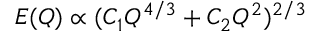
E ( Q ) \propto ( C _ { 1 } Q ^ { 4 / 3 } + C _ { 2 } Q ^ { 2 } ) ^ { 2 / 3 }